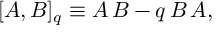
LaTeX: [ A , B ] _ { q } \equiv A \, B - q \, B \, A ,